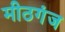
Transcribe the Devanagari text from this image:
मीठगंज